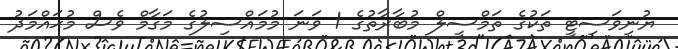
ޔުނިވަސިޓީ ތަކުގެ ތަމްސީލް މުބާރާތުގެ 1 ވަނަ މުމައްސިލުގެ މަގާމް ވެސް މުޙައްމަދު